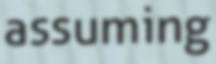
assuming